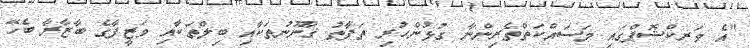
"އެ ވަރކްޝޮޕްގައި މަސައްކަތްތެރިންނާ ގުޅުންހުރި ތަފާތު ޤާނޫނުތަކާއި ބިލްތަކާއި ވަޒީފާގެ ބާޒާރާ ބެހޭ